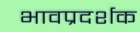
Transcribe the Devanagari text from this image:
भावप्रदर्शक